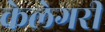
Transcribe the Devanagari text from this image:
केलेगरी